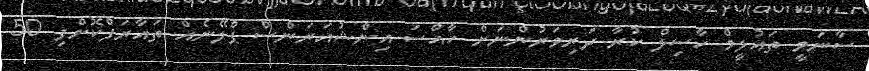
ސާނަވީ ތައުލީމް ހާސިލް ކުރާ ދަރިވަރުންނަށް ހާއްސަ އިންޝުއަރަންސް ޕްލޭނެއް ތައާރަފްކޮށްފި 50